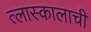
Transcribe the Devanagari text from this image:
त्लास्कालाची